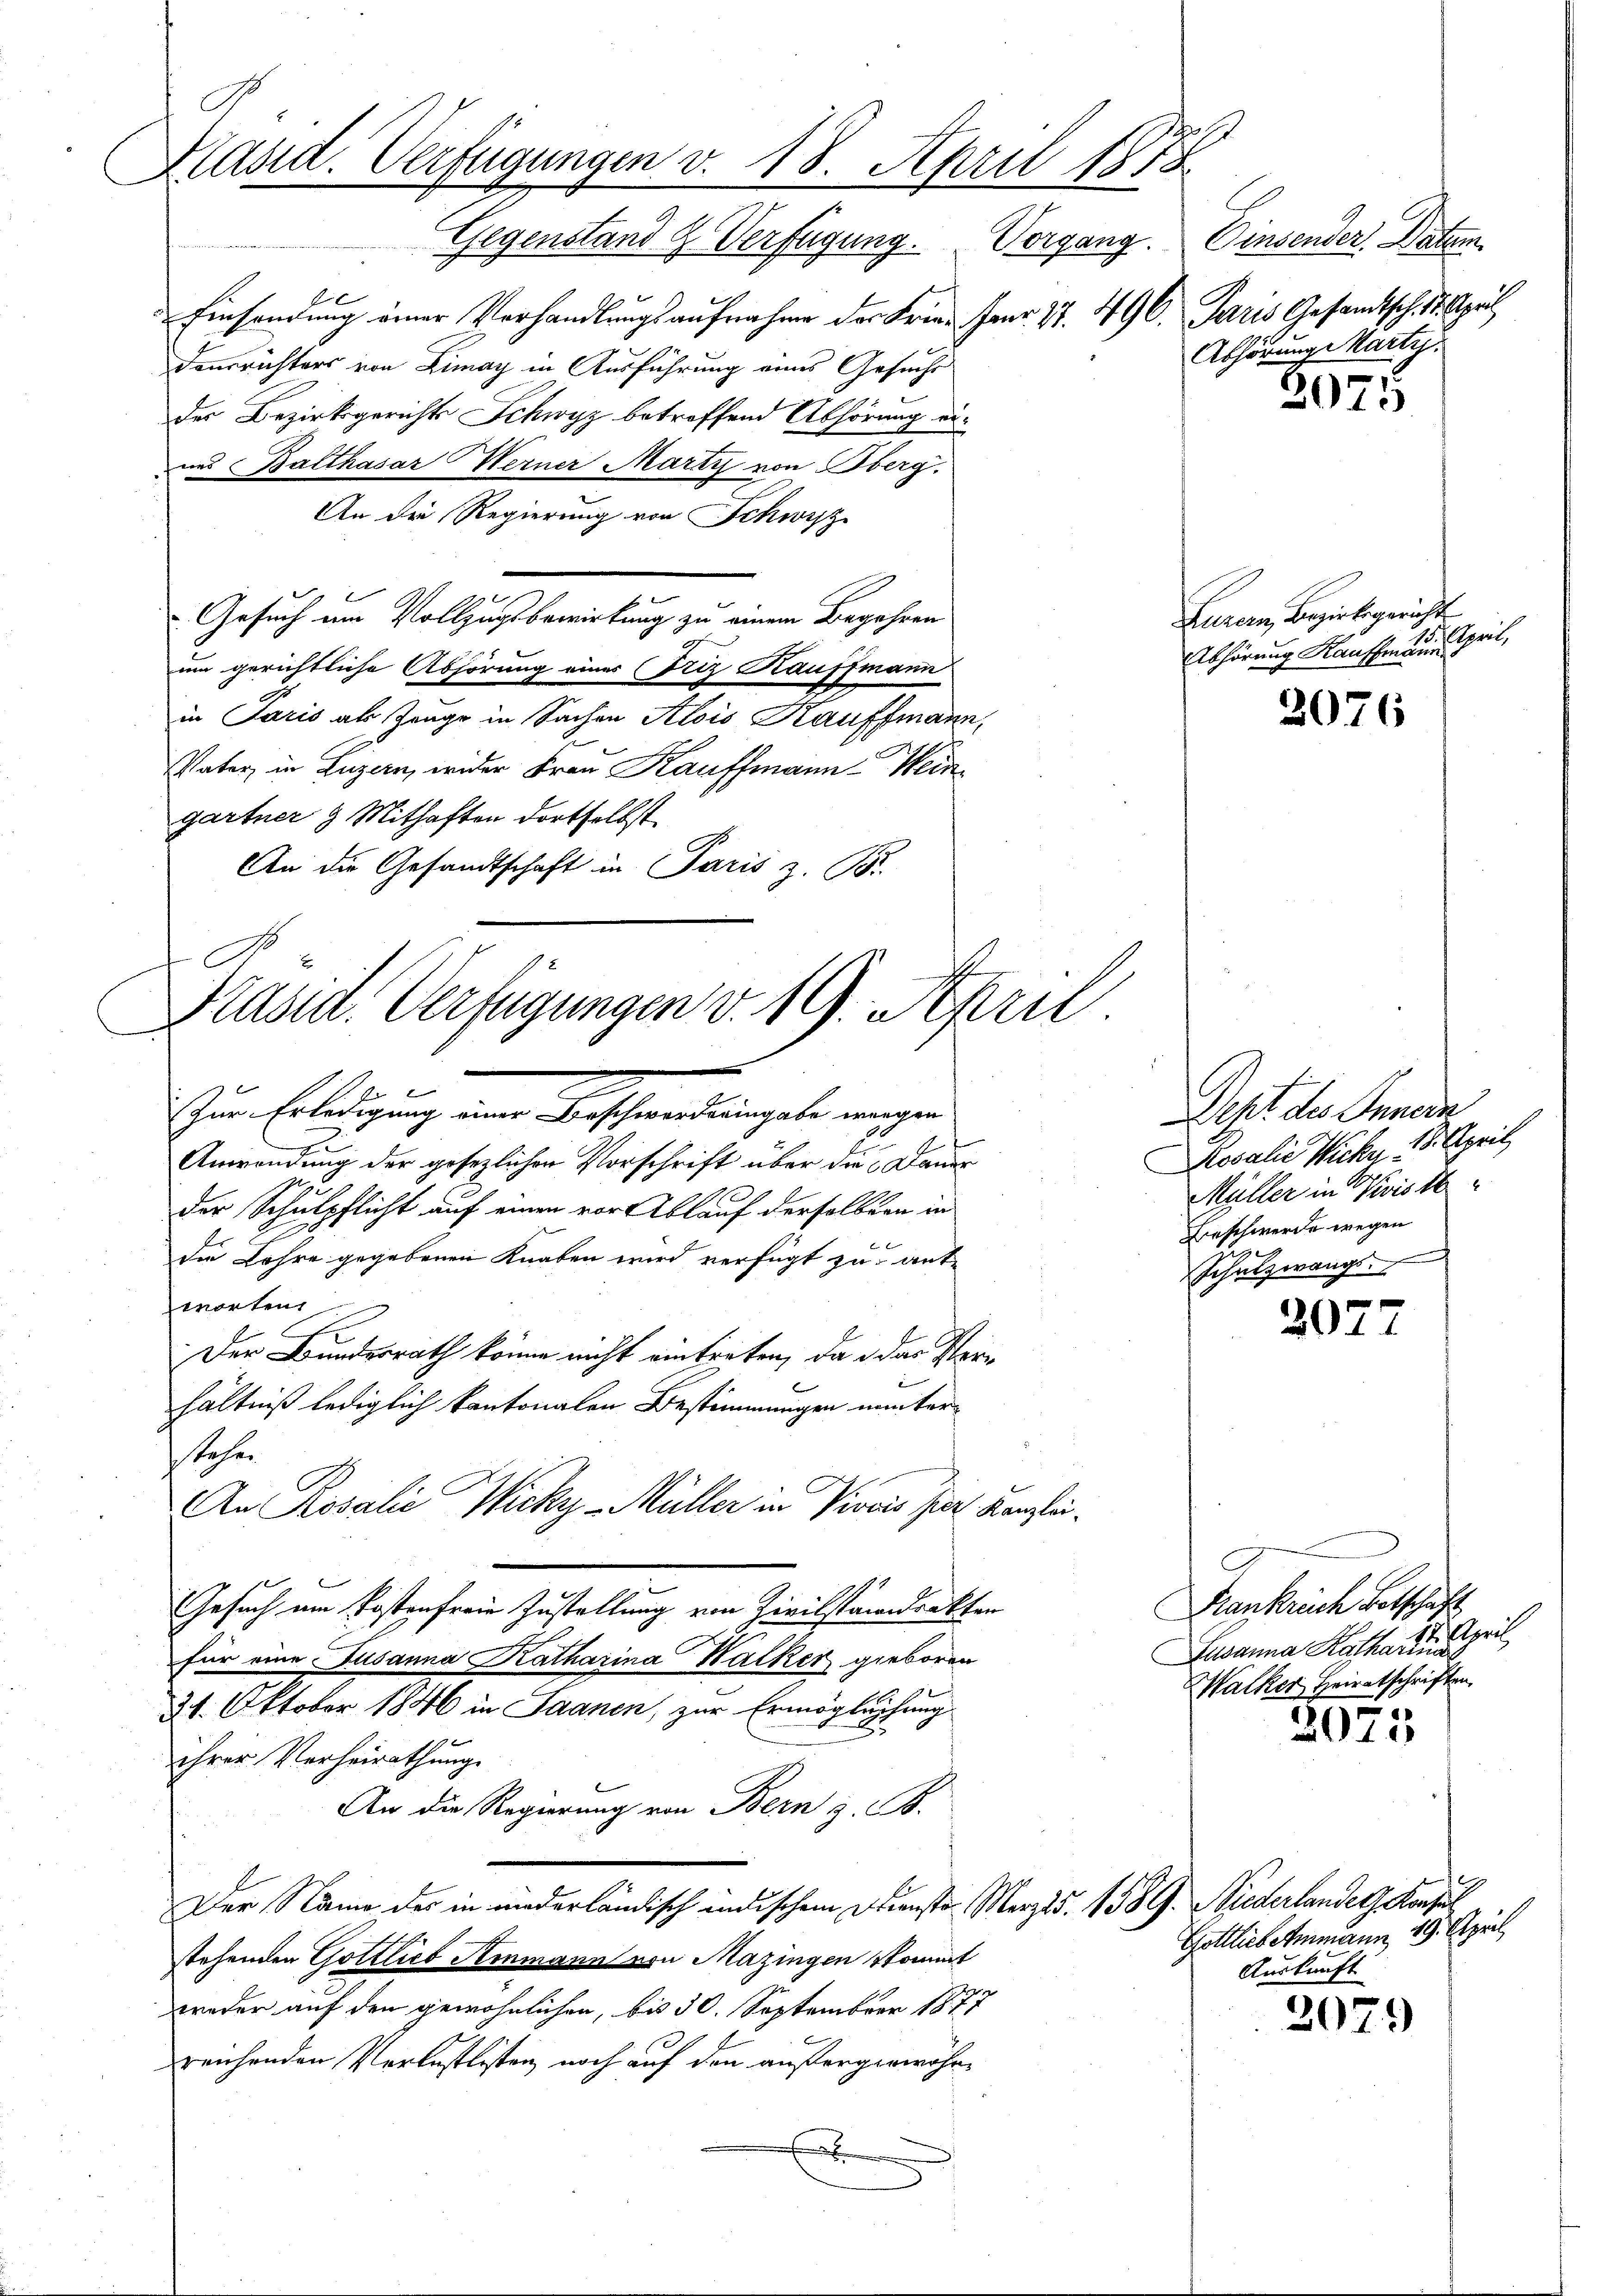
3
Masid. Verfügungen v. 18. April 1875

Gegenstand & Verfügung. Vorgang.
 f 6
Einsendung einer Verhandlungsaufnahme der Frie- Fanr. 27. 496. Paris Gesandtsch. 2. April
Dausrichters von Limay in Ausführung eines Gesuche
der Bezirksgerichts Schwyz betreffend Abhörung eiins Balthasar Werner Marty von Oberg.
An der Regierung von Schwyz
Gesuch am Vollzugsbewirkung zu einem Begehren
um gerichtliche Abhörung einer (Friz Kauffmann
in Paris als Zeuge in Sachen Alois Kauffmann,
Vater in Luzern, wider Frau Kauffmann Wein
gartner & Mithaften dortselbst
An die Gesandtschaft in Paris z. B.

C
Präsid. Verfügungen v. 19. April

Zur Erledigung eine Wirtshandlungeln eingen
Anwendung der gesezlichen Vorschrift über die Dauer
der Schulpflicht auf einen vor Ablauf derselben in
die Lehre gegebenen Knaben wird verfügt zu antworten
Der Bundesrath könne nicht eintreten, da das Verhältniß lediglich kantonalen Bestimmungen munterstehen
An Rosalie Wicky-Müller in Pionis hier Kanzlei¬
Gesuch am Kostenfreie Zustellung von Zivilstänntrakten
für eine Susanna Katharina Walker gieboren
21. Oktober 1846 in Saanen, zur Ermögluchung
ihrer Verheirathung
An die Regierung von Bern z. B.
Der Name des in wiederländisch ändischem Dienste Merz d. 1589. Wiederlandels Konsul
stehenden Gottlieb Ammann von Mazingen kommt
weder auf den gewöhnlichen, bis 30. September 1877
reichenden Verlustlisten noch auf den außergewähre
E

Einsender Datum
Abhörung Marty.

2075

Luzern, Bezirksgericht
Abhörung Kaufmannes April,

2076

Deht des Innern
Rosalie Wiche 18. April
Müller in Visis 16
Beschwerde wegen
Schutzwangs

2077

Frankreiche Betschäft
April
Susanna Katharina
Walker Heiratschriften

2073

Gottliebetenmann 19. April
Auskunft

2079